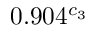
0 . 9 0 4 ^ { c _ { 3 } }